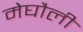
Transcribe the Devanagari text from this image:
मेघौली